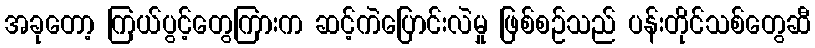
အခုတော့ ကြယ်ပွင့်တွေကြားက ဆင့်ကဲပြောင်းလဲမှု ဖြစ်စဉ်သည် ပန်းတိုင်သစ်တွေဆီ